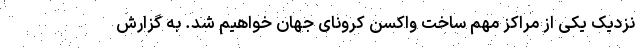
نزدیک یکی از مراکز مهم ساخت واکسن کرونای جهان خواهیم شد. به گزارش